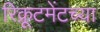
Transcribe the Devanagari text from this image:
रिक्रूटमेंटच्या